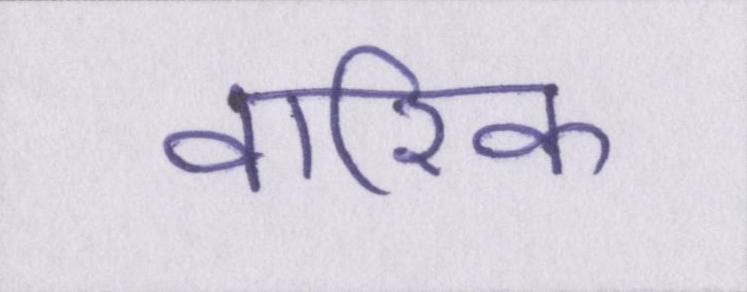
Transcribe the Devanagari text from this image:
वारिक